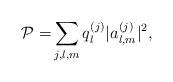
LaTeX: \begin{align*}\mathcal{P=}\sum_{j,l,m}q_{l}^{(j)}|a_{l,m}^{(j)}|^{2}, \end{align*}